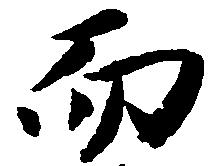
而